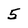
Character: 5